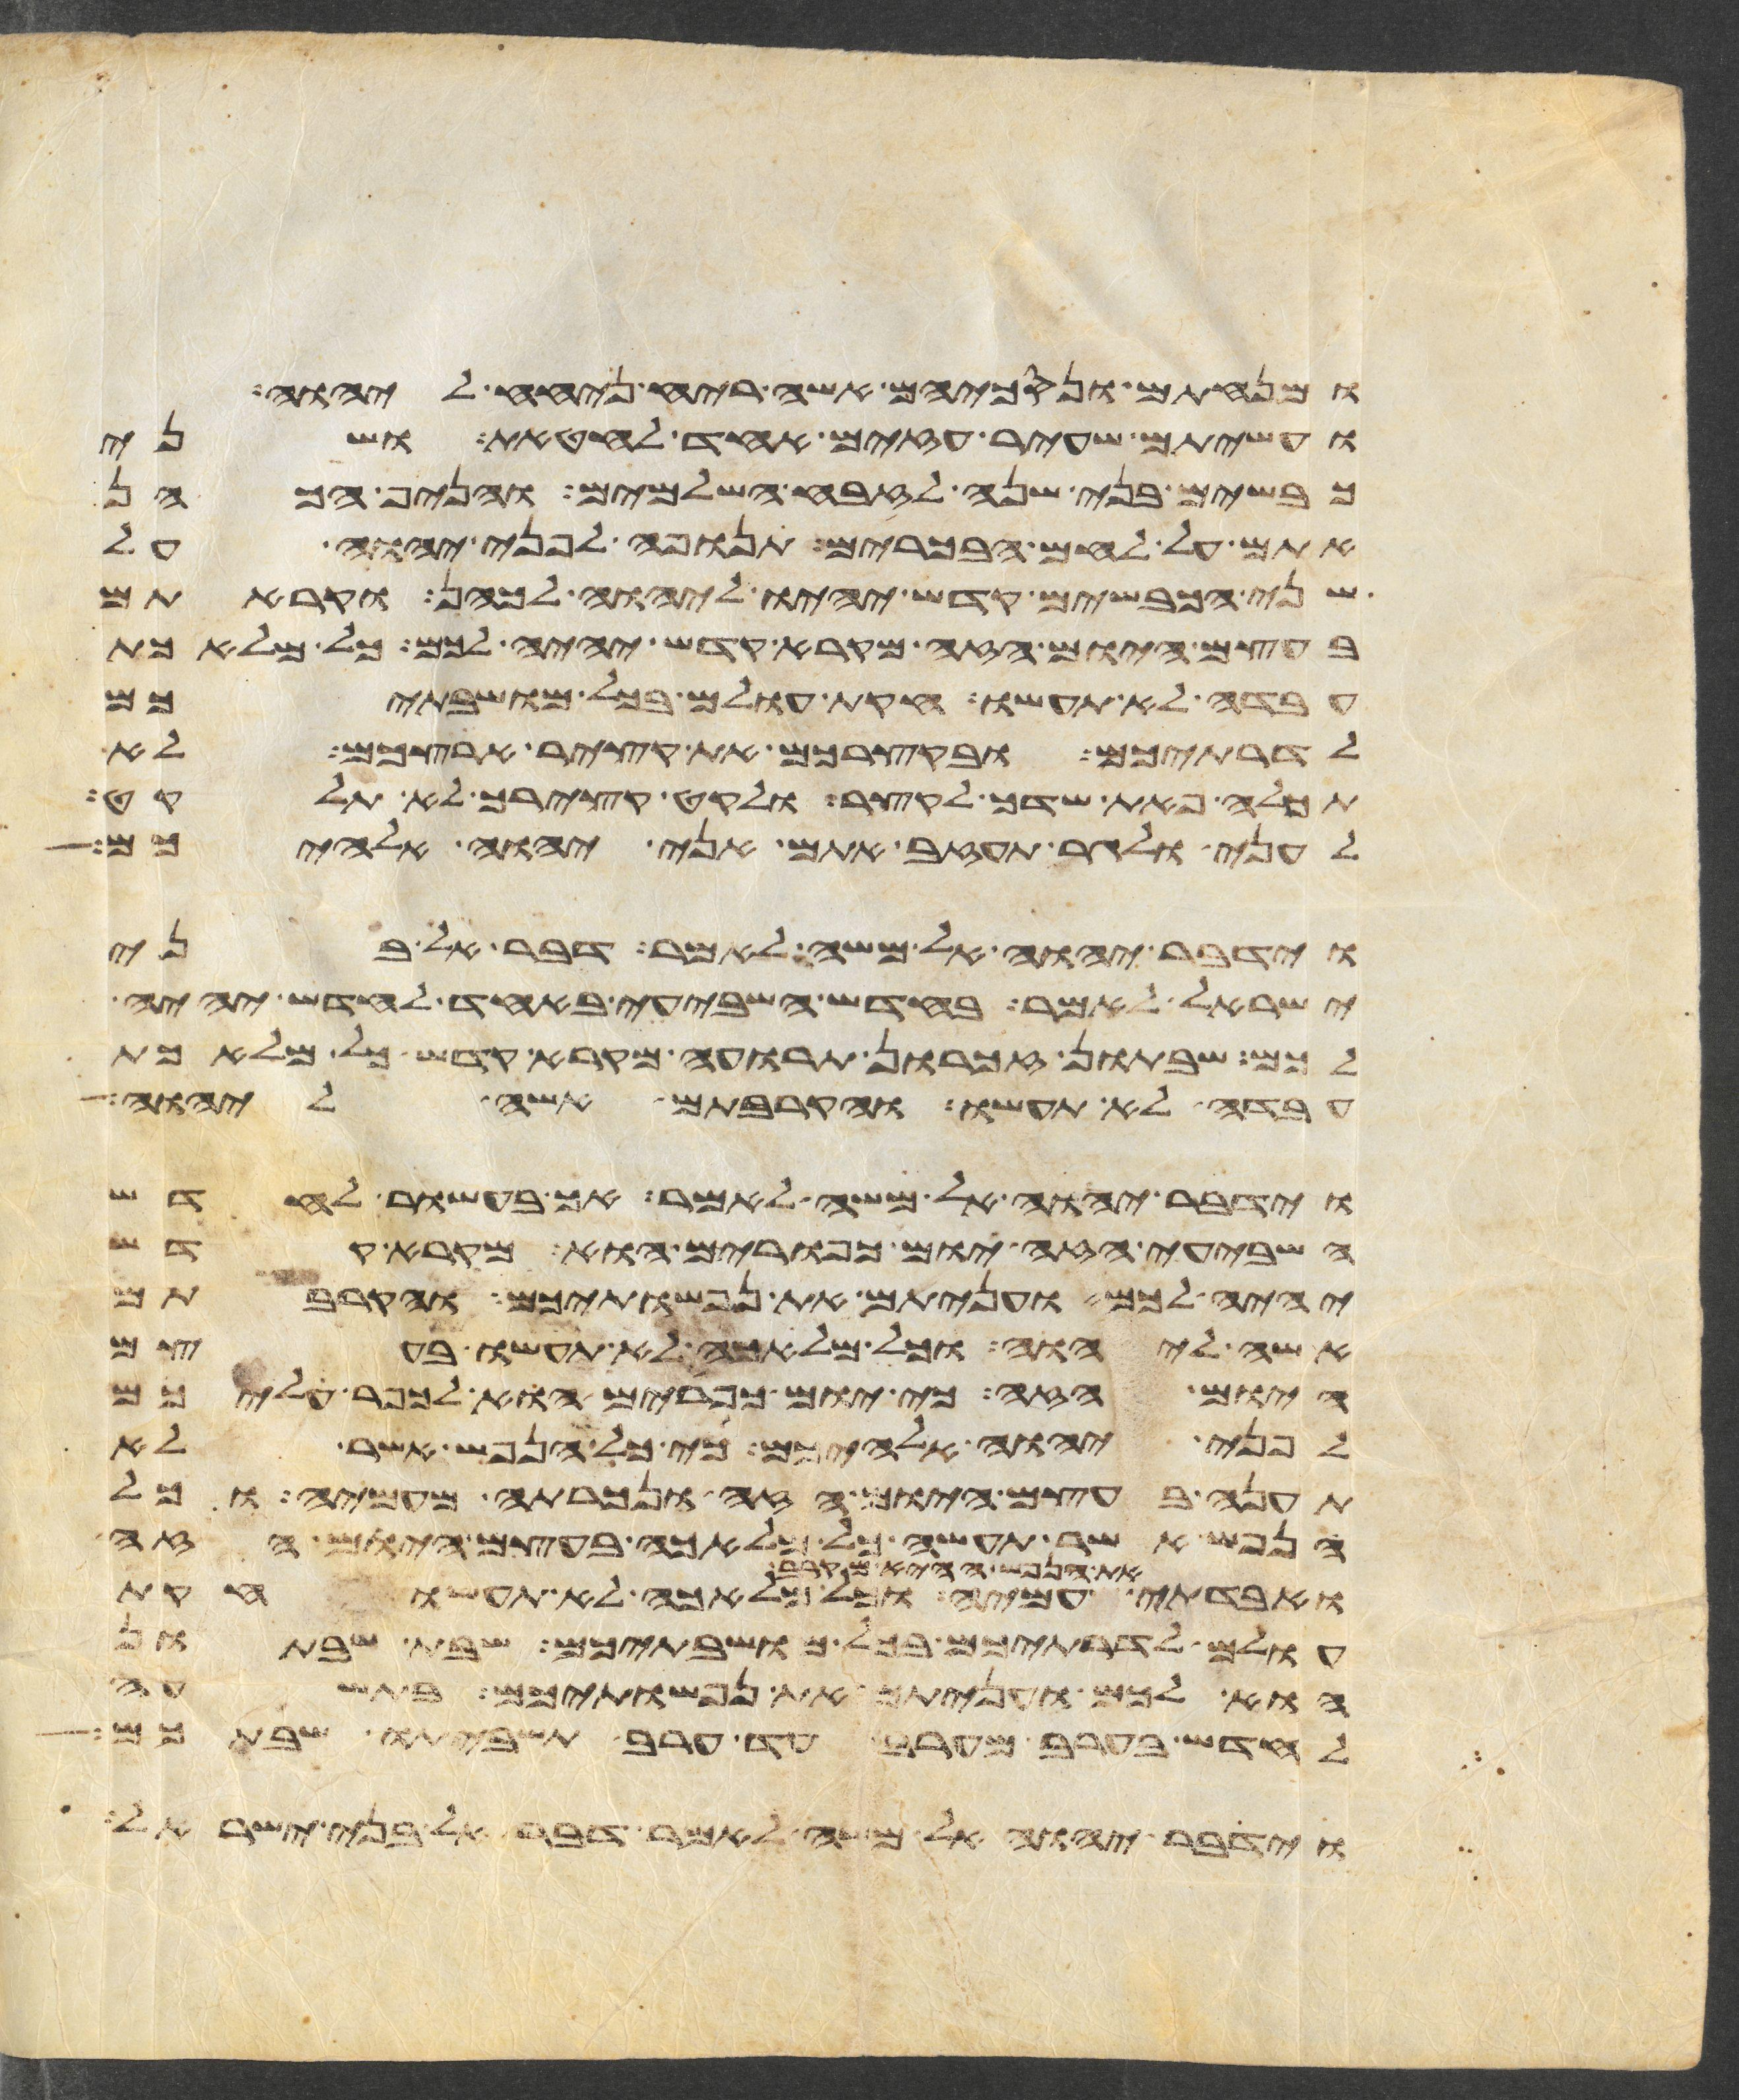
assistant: ומנחתם ונסכיהם אשה ריח ניחח ליהוה
ועשיתם שעיר עזים אחד לחטאת ושני
כבשים בני שנה לזבח השלמים והניף הכהן
אתם על לחם הבכורים תנופה לפני יהוה על
שני הכבשים קדש יהיו ליהוה לכהן וקראתם
בעצם היום הזה מקרא קדש יהיה לכם כל מלאכת
עבדה לא תעשו חקות עולם בכל מושבתיכם
לדרתיכם ובקצירכם את קציר ארצכם לא
תכלה פאת שדך לקצר ולקט קצירך לא תלקט
לעני ולגר תעזב אתם אני יהוה אלהיכם
וידבר יהוה אל משה לאמר דבר אל בני
ישראל לאמר בחדש השביעי באחד לחדש יהיה
לכם שבתון זכרון תרועה מקרא קדש כל מלאכת
עבדה לא תעשו והקרבתם אשה ליהוה
וידבר יהוה אל משה לאמר אך בעשור לחדש
השביעי הזה יום כפורים הוא מקרא קדש
יהיה לכם ועניתם את נפשתיכם והקרבתם
אשה ליהוה וכל מלאכה לא תעשו בעצם
היום הזה כי יום כפורים הוא לכפר עליכם
לפני יהוה אלהיכם כי כל הנפש אשר לא
תענה בעצם היום הזה ונכרתה מעמיה וכל
הנפש אשר תעשה כל מלאכה בעצם היום הזה
את הנפש ההיא מקרב
עמיה וכל מלאכה לא תעשו חקות
עולם לדרתיכם בכל מושבתיכם שבת שבתון
הוא לכם ועניתם את נפשתיכם בתשעה
לחדש בערב מערב עד ערב תשביתו שבתכם
וידבר יהוה אל משה לאמר דבר אל בני ישראל